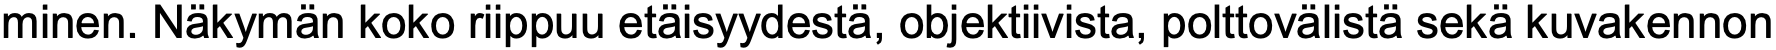
minen. Näkymän koko riippuu etäisyydestä, objektiivista, polttovälistä sekä kuvakennon